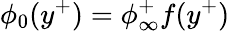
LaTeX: \phi_{0}(y^{+})=\phi_{\infty}^{+}f(y^{+})